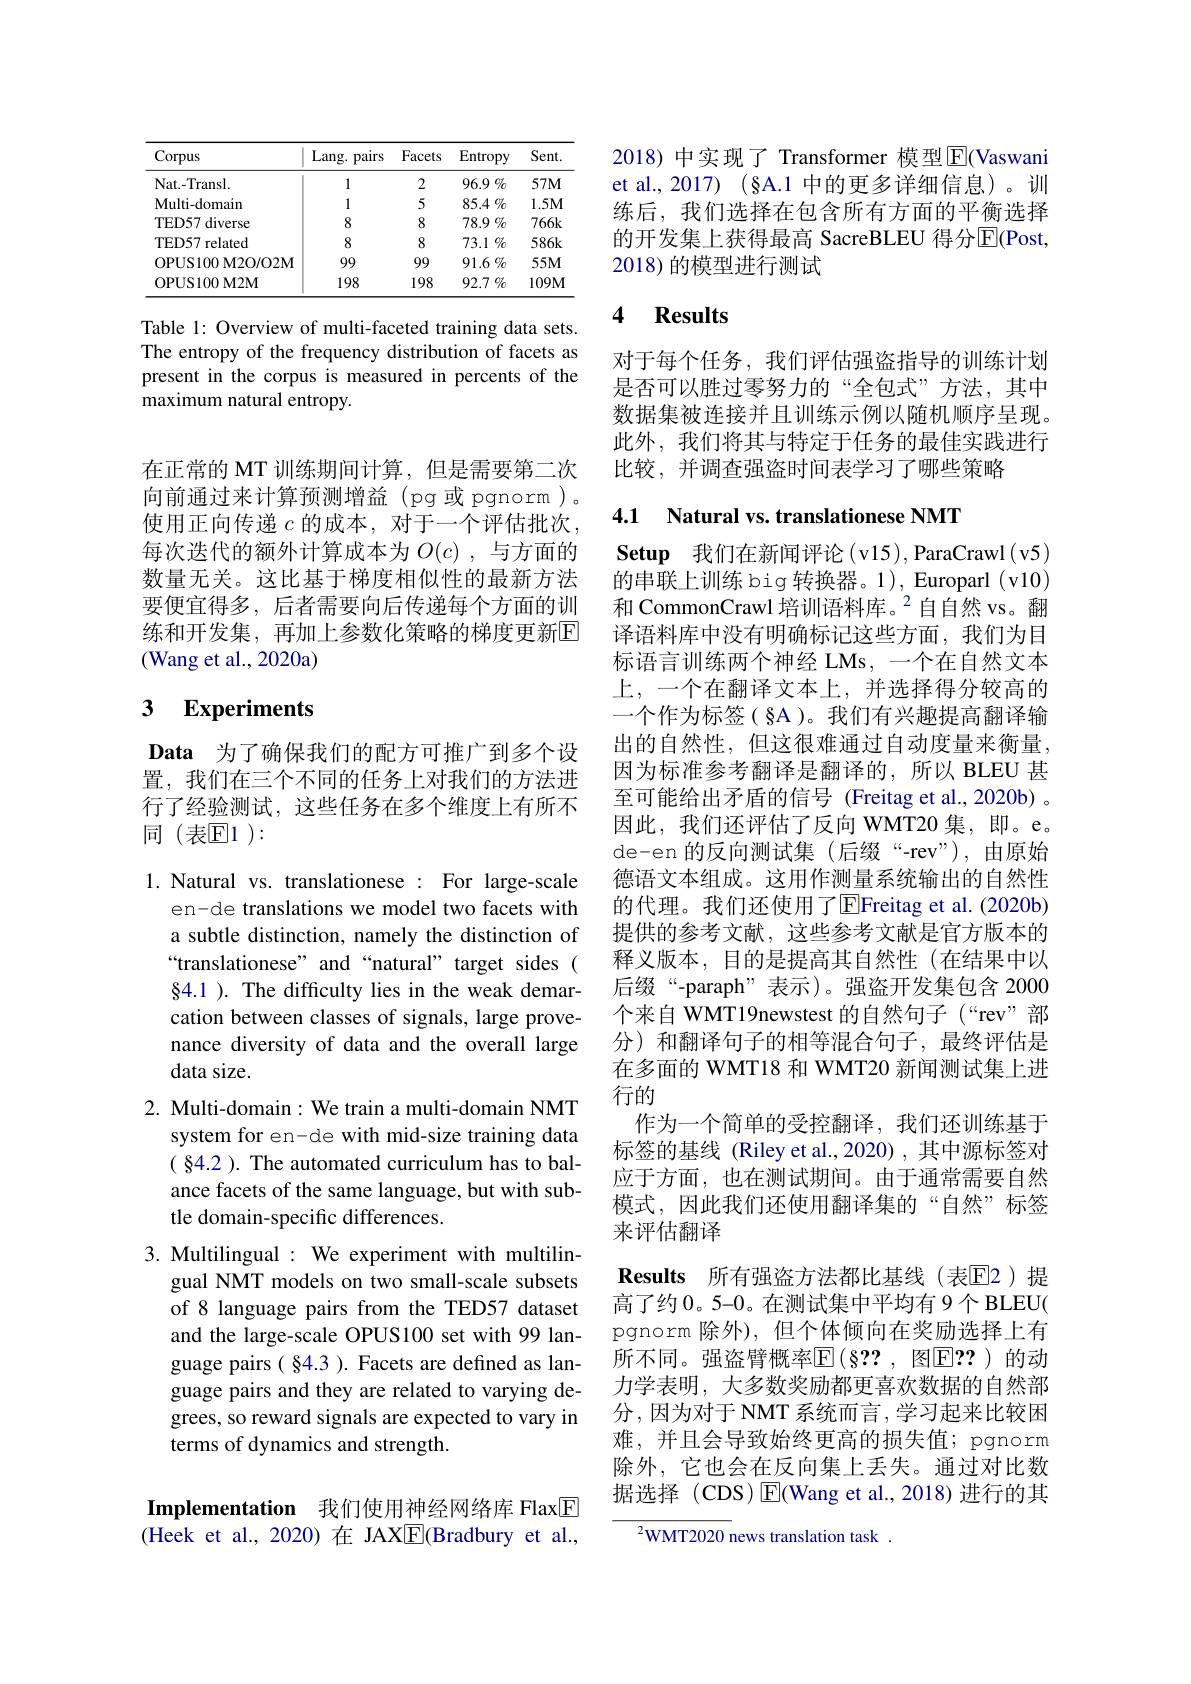
<table>
	<tbody>
		<tr>
			<th>Corpus</th>
			<th>Lang. . paırs</th>
			<th>Facets</th>
			<th>Entropy</th>
			<th>Sent.</th>
		</tr>
		<tr>
			<td>Nat. - Transl.</td>
			<td>1</td>
			<td>2</td>
			<td>$96.9\%$</td>
			<td>$57M$</td>
		</tr>
		<tr>
			<td>Multi-domain</td>
			<td>1</td>
			<td>5</td>
			<td>$85.4\%$</td>
			<td>$1.5M$</td>
		</tr>
		<tr>
			<td>TED57 diverse</td>
			<td>8</td>
			<td>8</td>
			<td>$78.9\%$</td>
			<td>$766k$</td>
		</tr>
		<tr>
			<td>TED57 related</td>
			<td>8</td>
			<td>8</td>
			<td>$73.1\%$</td>
			<td>$586k$</td>
		</tr>
		<tr>
			<td>OPUS100M2O/O2M</td>
			<td>99</td>
			<td>99</td>
			<td>$91.6\%$</td>
			<td>$55M$</td>
		</tr>
		<tr>
			<td>OPUS100M2M</td>
			<td>198</td>
			<td>198</td>
			<td>92.7 $\%$</td>
			<td>$109M$</td>
		</tr>
	</tbody>
</table>

Table 1: Overview of multi-faceted training data sets. The entropy of the frequency distribution of facets as present in the corpus is measured in percents of the maximum natural entropy.

在正常的 MT 训练期间计算，但是需要第二次向前通过来计算预测增益(pg或 pgnorm)。使用正向传递$c$的成本，对于一个评估批次每次迭代的额外计算成本为$O(c)$ ,与方面的数量无关。这比基于梯度相似性的最新方法要便宜得多，后者需要向后传递每个方面的训练和开发集，再加上参数化策略的梯度更新$\overline{\mathrm{E}}$ (Wang et al., 2020a)

# 3 Experiments

Data 为了确保我们的配方可推广到多个设置，我们在三个不同的任务上对我们的方法进行了经验测试，这些任务在多个维度上有所不同(表$\mathbb{E}1):$

1. Natural vs. translationese : For large-scale
en-de translations we model two facets with a subtle distinction, namely the distinction of “translationese” and“natural” target sides( $\S4.1~).~$The difficulty lies in the weak demarcation between classes of signals, large provenance diversity of data and the overall large data size.

2. Multi-domain: We train a multi-domain NMT

system for en-de with mid-size training data

( § 4. 2 ) . The automated curriculum has to bal-

ance facets of the same language, but with sub-

tle domain-specific differences.

3. Multilingual : We experiment with multilin-
gual NMT models on two small-scale subsets of 8 language pairs from the TED57 dataset and the large-scale OPUS100 set with 99 language pairs( §4.3 ). Facets are defined as language pairs and they are related to varying degrees, so reward signals are expected to vary in terms of dynamics and strength.

Implementation 我们使用神经网络库 Flax$\boxed{\mathrm{E}}$ (Heek et al.,2020)在 JAX$\boxed{\mathrm{F}}$(Bradbury et al.,

2018)中实现了 Transformer 模型$\operatorname{E}($Vaswani et al., 2017) (§A.1 中的更多详细信息)。训练后，我们选择在包含所有方面的平衡选择的开发集上获得最高 SacreBLEU 得分$\overline{\mathrm{E}}($Post, 2018) 的模型进行测试

### 4 $\textbf{Results}$

对于每个任务，我们评估强盗指导的训练计划是否可以胜过零努力的“全包式”方法，其中数据集被连接并且训练示例以随机顺序呈现。此外，我们将其与特定于任务的最佳实践进行比较，并调查强盗时间表学习了哪些策略

## 4.1 Natural vs. translationese NMT

$\textbf{Setup 我 们 在 新 闻 评 论 ( v15) , ParaCrawl( v5) }$ 的串联上训练 big 转换器。1), Europarl (v10) 和 CommonCrawl 培训语料库。$^{2}$自自然 vs。翻译语料库中没有明确标记这些方面，我们为目标语言训练两个神经 LMs, 一个在自然文本上，一个在翻译文本上，并选择得分较高的一个作为标签( §A )。我们有兴趣提高翻译输出的自然性，但这很难通过自动度量来衡量， 因为标准参考翻译是翻译的，所以 BLEU 甚至可能给出矛盾的信号 (Freitag et al.,2020b) 。因此，我们还评估了反向 WMT20 集，即。e。de-en的反向测试集(后缀“-rev”),由原始德语文本组成。这用作测量系统输出的自然性的代理。我们还使用了EFreitag et al. (2020b) 提供的参考文献，这些参考文献是官方版本的释义版本，目的是提高其自然性(在结果中以后缀“-paraph”表示)。强盗开发集包含 2000个来自 WMT19newstest 的自然句子(“rev”部分)和翻译句子的相等混合句子，最终评估是在多面的 WMT18 和 WMT20 新闻测试集上进行的
作为一个简单的受控翻译，我们还训练基于标签的基线 (Riley et al.,2020) , 其中源标签对应于方面，也在测试期间。由于通常需要自然模式，因此我们还使用翻译集的“自然”标签来评估翻译
Results 所有强盗方法都比基线(表$\mathbb{E}$2)提高了约0。5-0。在测试集中平均有 9个 BLEU( pgnorm 除外),但个体倾向在奖励选择上有所不同。强盗臂概率$\overline{\mathrm{E}}(\S??$, 图$\overline{\mathrm{E}}??$)的动力学表明，大多数奖励都更喜欢数据的自然部分，因为对于 NMT 系统而言 ,学习起来比较困难，并且会导致始终更高的损失值；pgnorm 除外，它也会在反向集上丢失。通过对比数据选择 (CDS)$\operatorname{E}$(Wang et al.,2018)进行的其
$^{2}$WMT2020 news translation task.